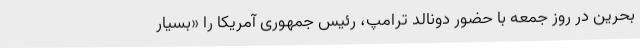
بحرین در روز جمعه با حضور دونالد ترامپ، رئیس جمهوری آمریکا را «بسیار